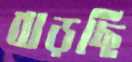
বাড়ছি